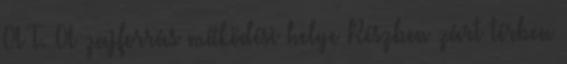
A T. A zajforrás működési helye Részben zárt térben